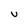
Character: v